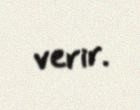
verir.